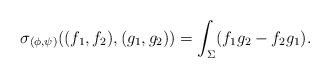
\begin{align*}\sigma_{(\phi,\psi)}((f_1, f_2), (g_1, g_2)) = \int_\Sigma (f_1 g_2 - f_2 g_1).\end{align*}